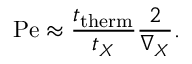
\mathrm { P e } \approx { \frac { t _ { \mathrm { t h e r m } } } { t _ { X } } } { \frac { 2 } { \nabla _ { X } } } .